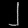
Digit: ၂